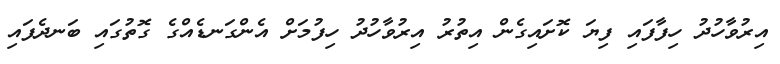
އިރުވާހުދު ހިފާފައި ފިޔަ ކޮށައިގެން އިތުރު އިރުވާހުދު ހިފުމަށް އެންގަނޑެއްގެ ގޮތުގައި ބަނދެފައި